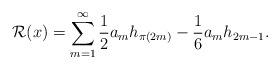
LaTeX: \begin{align*}\mathcal{R}(x) = \sum_{m=1}^{\infty} \frac{1}{2} a_m h_{\pi(2m)} - \frac{1}{6} a_m h_{2m-1}.\end{align*}